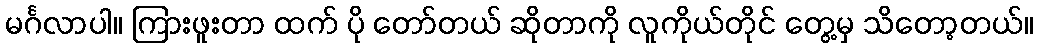
မင်္ဂလာပါ။ ကြားဖူးတာ ထက် ပို တော်တယ် ဆိုတာကို လူကိုယ်တိုင် တွေ့မှ သိတော့တယ်။